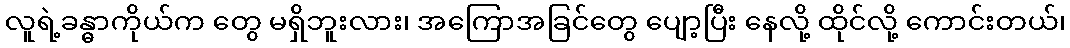
လူရဲ့ခန္ဓာကိုယ်က တွေ မရှိဘူးလား၊ အကြောအခြင်တွေ ပျော့ပြီး နေလို့ ထိုင်လို့ ကောင်းတယ်၊